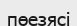
пөезясі